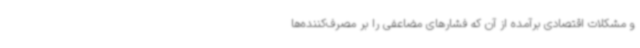
و مشکلات اقتصادی برآمده از آن‌ که فشارهای مضاعفی را بر مصرف‌کننده‌ها